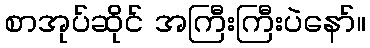
စာအုပ်ဆိုင် အကြီးကြီးပဲနော်။